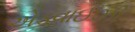
એડવાઈઝી